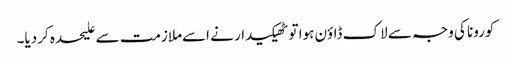
کورونا کی وجہ سے لاک ڈاؤن ہوا تو ٹھیکیدار نے اسےملازمت سے علیحدہ کردیا۔